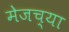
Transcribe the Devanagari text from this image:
मेजच्या